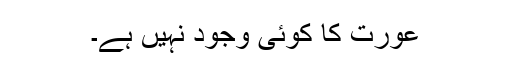
عورت کا کوئی وجود نہیں ہے۔